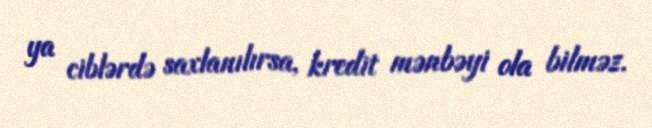
ya ciblərdə saxlanılırsa, kredit mənbəyi ola bilməz.